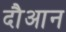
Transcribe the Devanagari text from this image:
दौआन